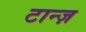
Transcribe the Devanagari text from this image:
टान्ज़